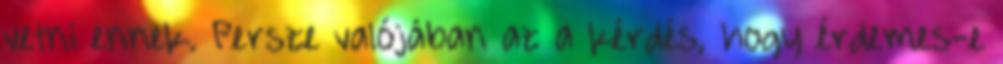
vetni ennek. Persze valójában az a kérdés, hogy érdemes-e